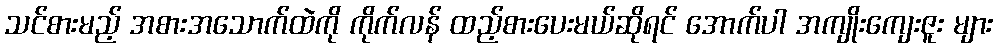
သင်စားမည့် အစားအသောက်ထဲကို ကိုက်လန် ထည့်စားပေးမယ်ဆိုရင် အောက်ပါ အကျိုးကျေးဇူး များ